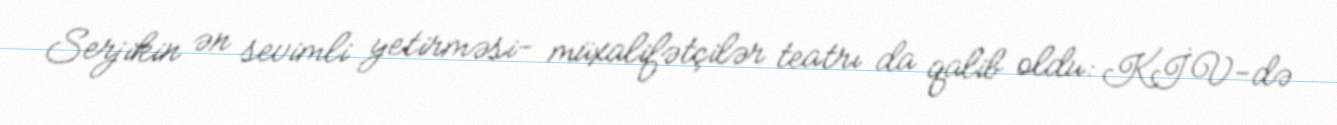
Serjikin ən sevimli yetirməsi- müxalifətçilər teatrı da qalib oldu: KİV-də